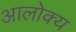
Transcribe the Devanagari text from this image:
आलोक्य